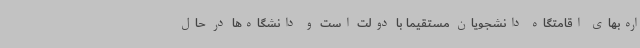
اره‌بهای اقامتگاه دانشجویان مستقیما با دولت است و دانشگاه‌ها در حال